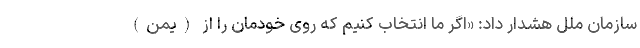
سازمان ملل هشدار داد: «اگر ما انتخاب کنیم که روی خودمان را از (یمن)